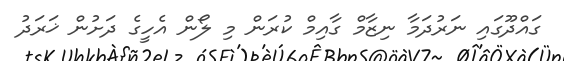
ގައްދޫގައި ނަރުދަމާ ނިޒާމް ގާއިމް ކުރަން މި ލޯން އެހީގެ ދަށުން ޚަރަދު